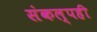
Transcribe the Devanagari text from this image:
संकल्पही